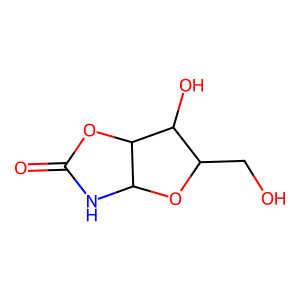
SMILES: O=C1NC2OC(CO)C(O)C2O1
Inhibits HIV replication: No